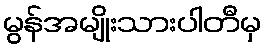
မွန်အမျိုးသားပါတီမှ